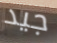
جيد